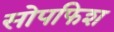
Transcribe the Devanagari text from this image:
सोपफिश